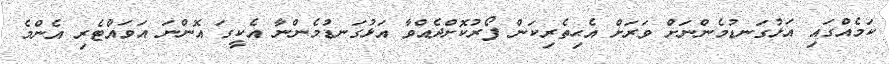
ކަމެއްގައި އަޅުގަނޑުމެންނަަށް ވަރަށް އެޙިތެރިކަން ފޯރުކޮށްދެއްވާ އަޅުގަނޑުމެންނާ އެކީގަ އޮންނަ އަވައްޓެރި އެންމެ